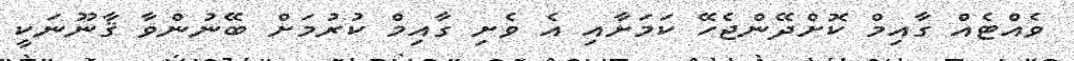
ވެއްޓެއް ގާއިމް ކޮށްދޭންޖެހޭ ކަމަށާއި އެ ވެށި ގާއިމް ކުރުމަށް ބޭނުންވާ ޤާނޫނަކީ